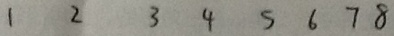
1 2 3 4 5 6 7 8